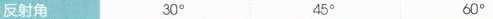
反射角 30° 45° 60°